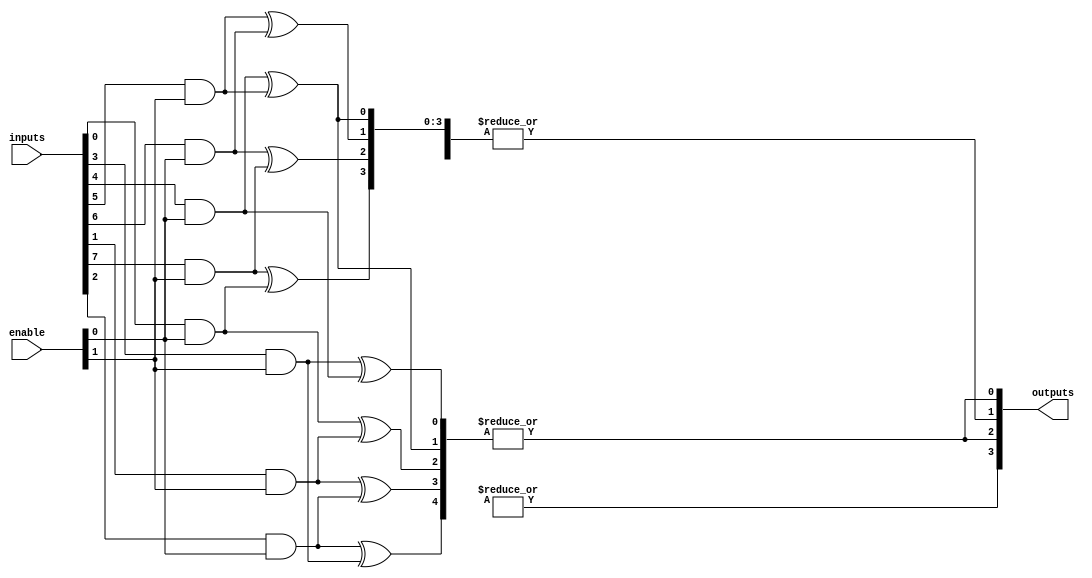
module CLB (
    input wire [N-1:0] inputs,         // N inputs to the CLB
    input wire [M-1:0] enable,         // M enable signals
    output wire [P-1:0] outputs        // P outputs from the CLB
);

// Parameters for the number of inputs, outputs, and product terms
parameter N = 8;                      // Number of inputs
parameter M = 2;                      // Number of enable signals
parameter P = 4;                      // Number of outputs
parameter K = 16;                     // Number of product terms in AND array

// Intermediate product terms from AND array
wire [K-1:0] product_terms;

// AND Array: Generate product terms based on inputs and enable signals
genvar i, j;
generate
    for (i = 0; i < K; i = i + 1) begin : and_array
        assign product_terms[i] = (inputs[i % N] & enable[i % M]) ^ (inputs[(i + 1) % N] & enable[(i + 1) % M]);
    end
endgenerate

// OR Array: Combine product terms to produce outputs
genvar k;
generate
    for (k = 0; k < P; k = k + 1) begin : or_array
        assign outputs[k] = |(product_terms[k * (K/P):(k + 1) * (K/P)]);
    end
endgenerate

endmodule